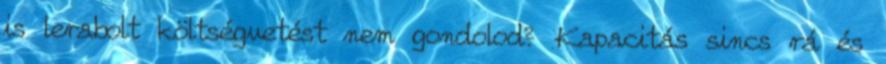
is lerabolt költségvetést nem gondolod? Kapacitás sincs rá és